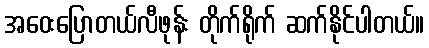
အဝေးပြောတယ်လီဖုန်း တိုက်ရိုက် ဆက်နိုင်ပါတယ်။